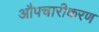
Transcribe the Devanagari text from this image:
औपचारीकरण